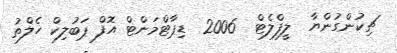
ޗިކުންގުންޔާ  ލީފްލެޓް  2006  ޑިޕާޓްމަންޓް އޮފް ޕަބުލިކް ހެލްތު